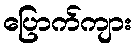
ပြောက်ကျား